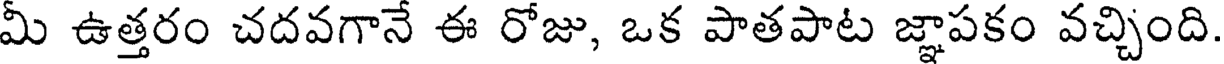
మీ ఉత్తరం చదవగానే ఈ రోజు, ఒక పాతపాట జ్ఞాపకం వచ్చింది